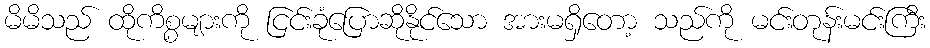
မိမိသည် ထိုကိစ္စများကို ငြင်းခုံပြောဆိုနိုင်သော အားမရှိတော့ သည်ကို မင်းတုန်းမင်းကြီး